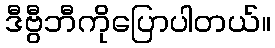
ဒီဗွီဘီကိုပြောပါတယ်။